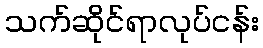
သက်ဆိုင်ရာလုပ်ငန်း